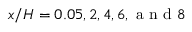
x / H = 0 . 0 5 , 2 , 4 , 6 , \mathrm { ~ a ~ n ~ d ~ } 8